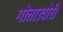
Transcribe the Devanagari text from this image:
गोताख़ोरी